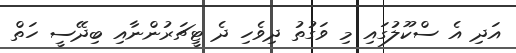
އަދި އެ ސްކޫލުގައި މި ވަގުތު ދިވެހި ދެ ޓީޗަރުންނާއި ބިދޭސީ ހަތް